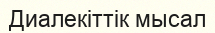
Диалекіттік мысал